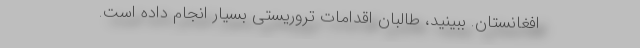
افغانستان. ببینید، طالبان اقدامات تروریستی بسیار انجام داده است.